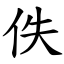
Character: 佚